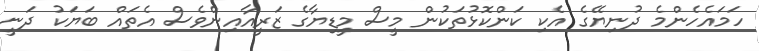
ހަމައެހެންމެ ދުނިޔޭގެ އެކި ކަންކޮޅުތަކުން މީސް މީޑިޔާގެ ޒަރީއާއިންވެސް އެތައް ބަޔަކު ދަނީ